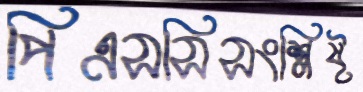
পিএসসিসংশ্লিষ্ট